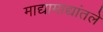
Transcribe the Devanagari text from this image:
माद्यामाद्यांतले